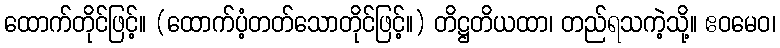
ထောက်တိုင်ဖြင့်။ (ထောက်ပံ့တတ်သောတိုင်ဖြင့်။) တိဋ္ဌတိယထာ၊ တည်ရသကဲ့သို့။ ဧဝမေဝ၊